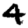
Digit: 4